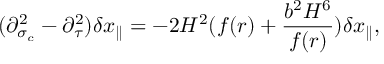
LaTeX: ( \partial _ { \sigma _ { c } } ^ { 2 } - \partial _ { \tau } ^ { 2 } ) \delta x _ { \parallel } = - 2 H ^ { 2 } ( f ( r ) + \frac { b ^ { 2 } H ^ { 6 } } { f ( r ) } ) \delta x _ { \parallel } ,